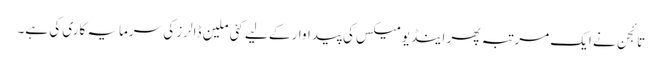
تائجن نے ایک مرتبہ پھر اینڈیومیکس کی پیداوار کے لیے کئی ملین ڈالرز کی سرمایہ کاری کی ہے۔